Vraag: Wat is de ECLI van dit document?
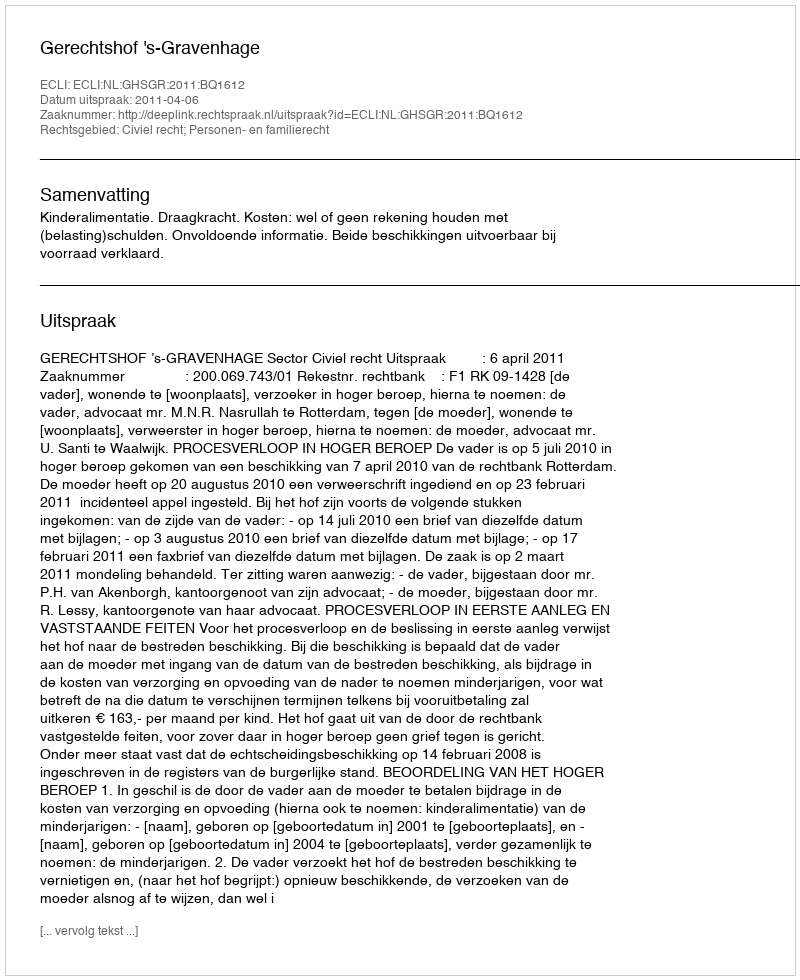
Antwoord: ECLI:NL:GHSGR:2011:BQ1612